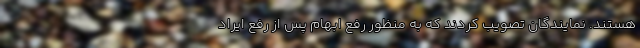
هستند. نمایندگان تصویب کردند که به منظور رفع ابهام پس از رفع ایراد